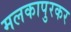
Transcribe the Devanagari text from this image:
मलकापुरकर